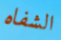
الشفاه